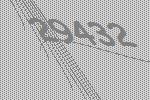
29432